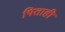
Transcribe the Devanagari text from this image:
पिताही